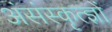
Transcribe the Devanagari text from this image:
अंसंस्कृत्ज्ञों